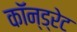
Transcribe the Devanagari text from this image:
कॉन्ड्रेट